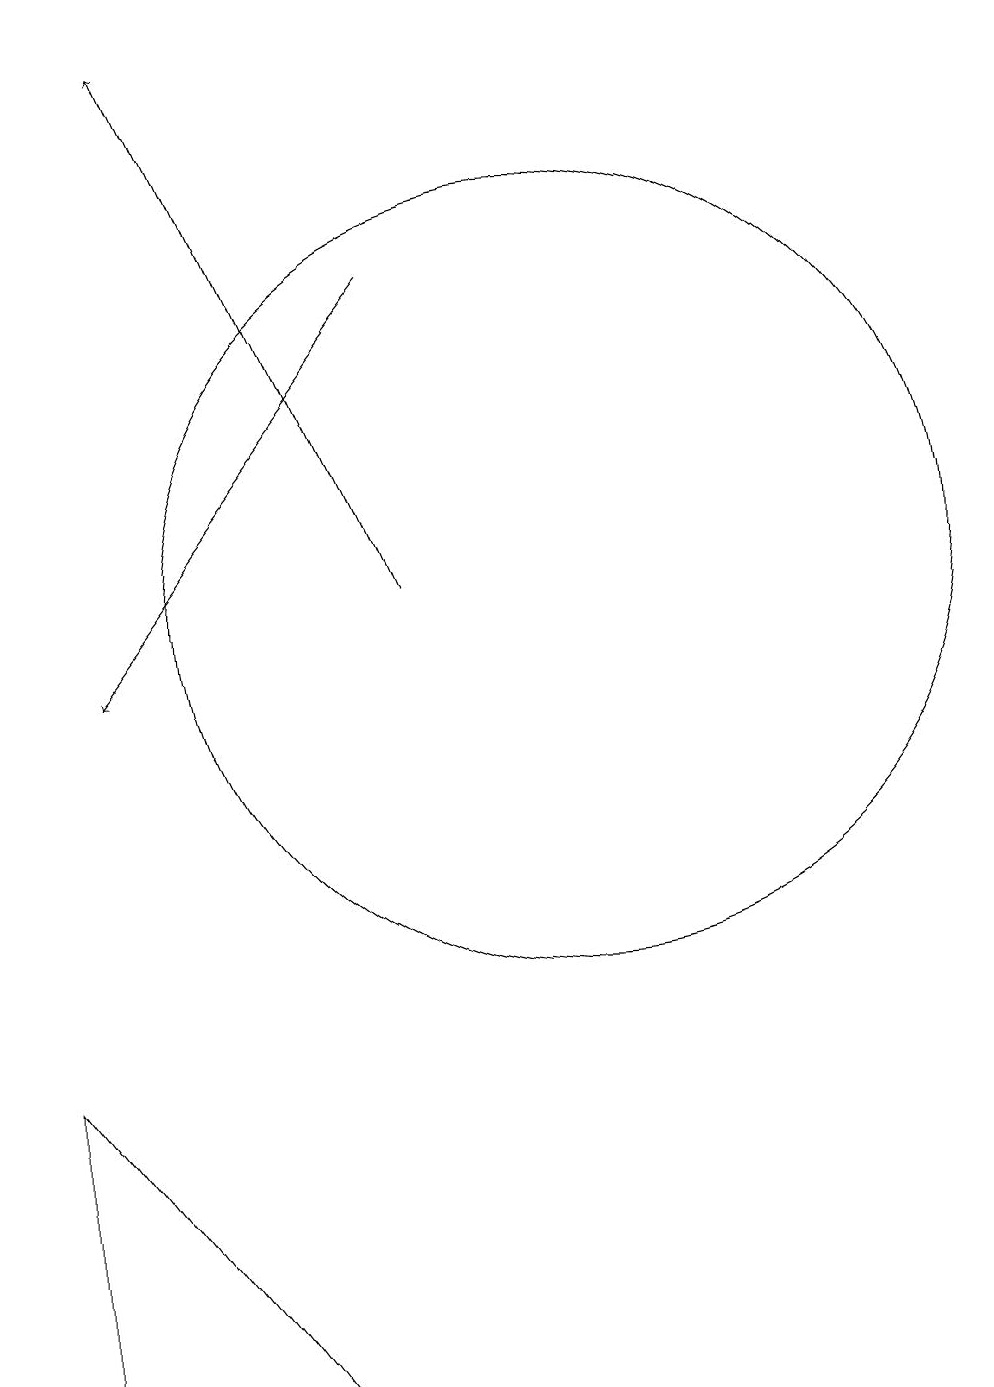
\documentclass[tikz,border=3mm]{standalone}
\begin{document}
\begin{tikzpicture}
\draw (10,12) circle (5);
\draw[->] (8,12) -- (5,19);
\draw (3,2) -- (6,2) -- (3,6) -- cycle;
\draw[->] (8,16) -- (4,11);
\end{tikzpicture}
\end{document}